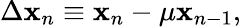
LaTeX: \Delta\mathbf{x}_{n}\equiv\mathbf{x}_{n}-\mu\mathbf{x}_{n-1},